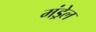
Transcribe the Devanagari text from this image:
मंड्रेल